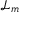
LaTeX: { \mathcal { L } } _ { m }